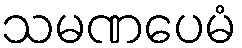
သမဏပေမံ